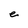
Character: e